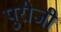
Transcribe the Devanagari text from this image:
पुरीजी